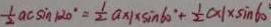
\frac { 1 } { 2 } a c \sin 1 2 0 ^ { \circ } = \frac { 1 } { 2 } a \times 1 \times \sin 6 0 ^ { \circ } + \frac { 1 } { 2 } c \times 1 \sin 6 0 ^ { \circ }